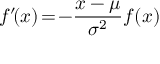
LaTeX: f ^ { \prime } \! ( x ) \! = \! - \! \, { \frac { x - \mu } { \sigma ^ { 2 } } } f ( x )